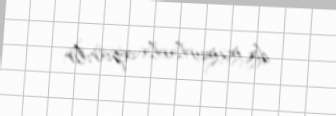
da məmurlarla aparılır.